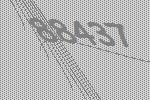
88437